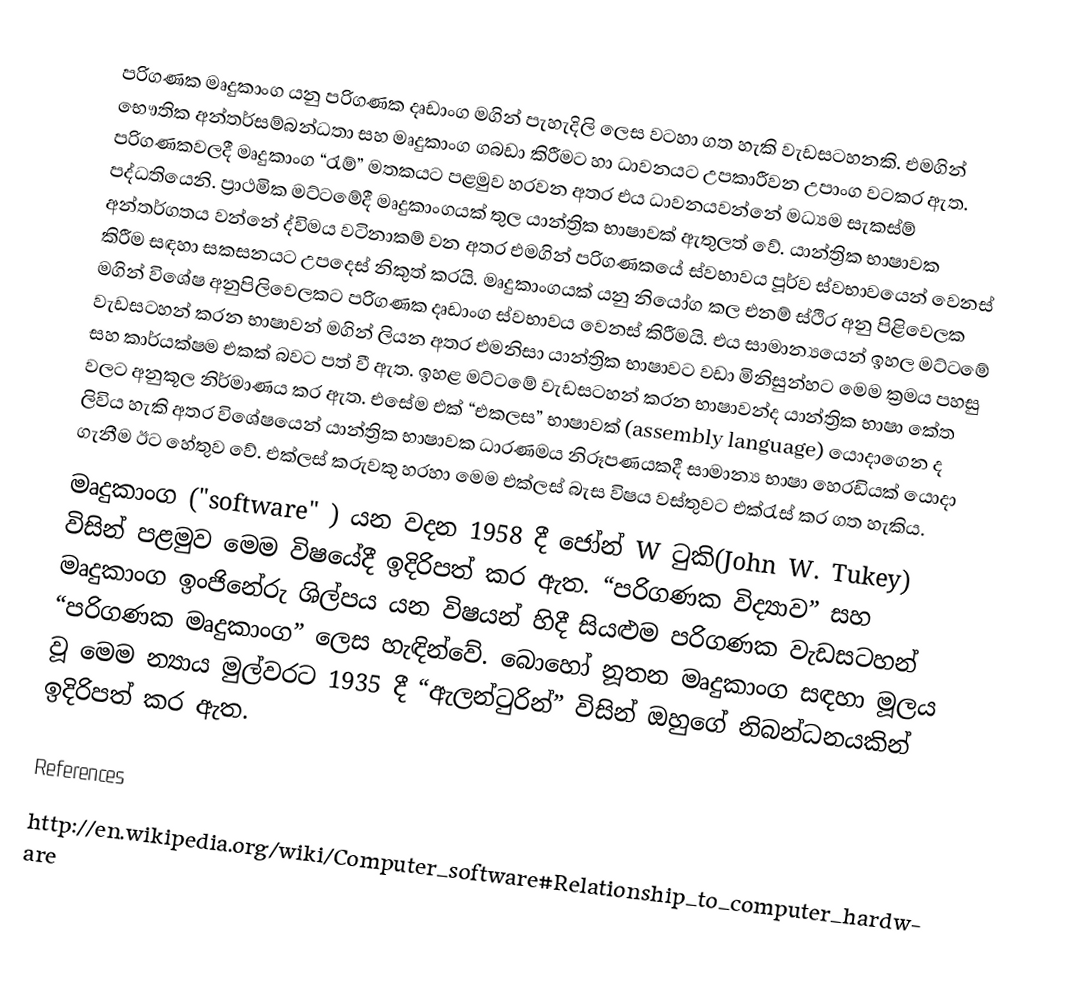
පරිගණක මෘදුකාංග යනු පරිගණක දෘඩාංග මගින් පැහැදිලි ලෙස වටහා ගත හැකි වැඩසටහනකි. එමගින් භෞතික අන්තර්සම්බන්ධතා සහ මෘදුකාංග ගබඩා කිරීමට හා ධාවනයට උපකාරීවන උපාංග වටකර ඇත. පරිගණකවලදී මෘදුකාංග “රැම්” මතකයට පළමුව හරවන අතර එය ධාවනයවන්නේ මධ්‍යම සැකස්ම් පද්ධතියෙනි. ප්‍රාථමික මට්ටමේදී මෘදුකාංගයක් තුල යාන්ත්‍රික භාෂාවක් ඇතුලත් වේ. යාන්ත්‍රික භාෂාවක අන්තර්ගතය වන්නේ ද්විමය වටිනාකම් වන අතර එමගින් පරිගණකයේ ස්වභාවය පූර්ව ස්වභාවයෙන් වෙනස් කිරීම සඳහා සකසනයට උපදෙස් නිකුත් කරයි. මෘදුකාංගයක් යනු නියෝග කල එනම් ස්ථිර අනු පිළි‍වෙලක මගින් විශේෂ අනුපිලිවෙලකට පරිගණක දෘඩාංග ස්වභාවය වෙනස් කිරීමයි. එය සාමාන්‍ය‍යෙන් ඉහල මට්ටමේ වැඩසටහන් කරන භාෂාවන් මගින් ලියන අතර එමනිසා යාන්ත්‍රික භාෂාවට වඩා මිනිසුන්හට මෙම ක්‍රමය පහසු සහ කාර්යක්ෂම එකක් බවට පත් වී ඇත. ඉහළ මට්ටමේ වැඩසටහන් කරන භාෂාවන්ද යාන්ත්‍රික භාෂා කේත වලට අනුකූල නිර්මාණය කර ඇත. එසේම එක් “එකලස” භාෂාවක් (assembly language) යොදාගෙන ද ලිවිය හැකි අතර විශේෂයෙන් යාන්ත්‍රික භාෂාවක ධාරණමය නිරූපණයකදී සාමාන්‍ය භාෂා හෙරඩියක් යොදා ගැනීම ඊට හේතුව වේ. එක්ලස් කරුවකු හරහා මෙම එක්ලස් බැස විෂය වස්තුවට එක්රැස් කර ගත හැකිය.
මෘදුකාංග ("software" ) යන වදන 1958 දී ජෝන් W ටුකි(John W. Tukey) විසින් පළමුව මෙම විෂයේදී ඉදිරිපත් කර ඇත. “පරිගණක විද්‍යාව” සහ මෘදුකාංග ඉංජිනේරු ශිල්පය යන විෂයන් හිදී සියළුම පරිගණක වැඩසටහන් “පරිගණක මෘදුකාංග” ලෙස හැඳින්වේ. බොහෝ නූතන මෘදුකාංග සඳහා මූලය වූ මෙම න්‍යාය මුල්වරට 1935 දී “ඇලන්ටුරින්” විසින් ඔහුගේ නිබන්ධනයකින් ඉදිරිපත් කර ඇත.

References
http://en.wikipedia.org/wiki/Computer_software#Relationship_to_computer_hardware